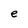
Character: e